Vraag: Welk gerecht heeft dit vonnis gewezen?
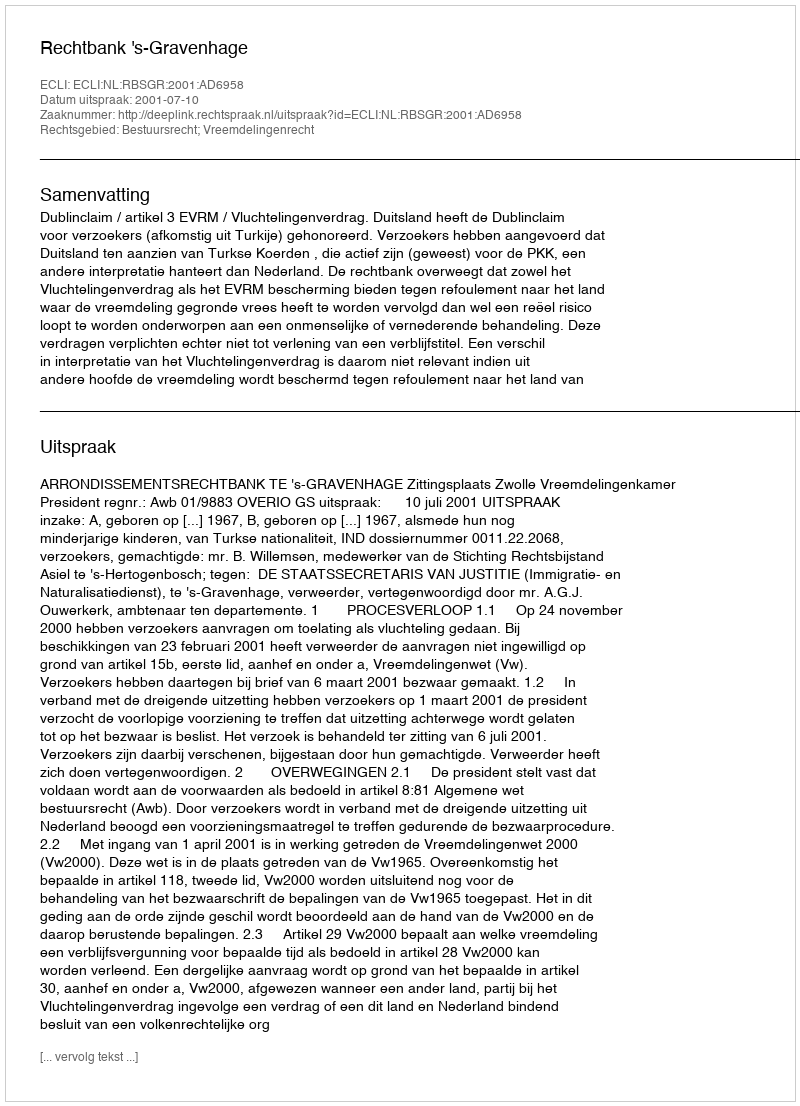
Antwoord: Rechtbank 's-Gravenhage